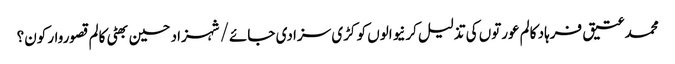
محمد عتیق فرہاد کالم	عورتوں کی تذلیل کرنیوالوں کو کڑی سزا دی جائے/شہزاد حسین بھٹی	کالم	قصوروار کون؟